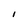
Character: i